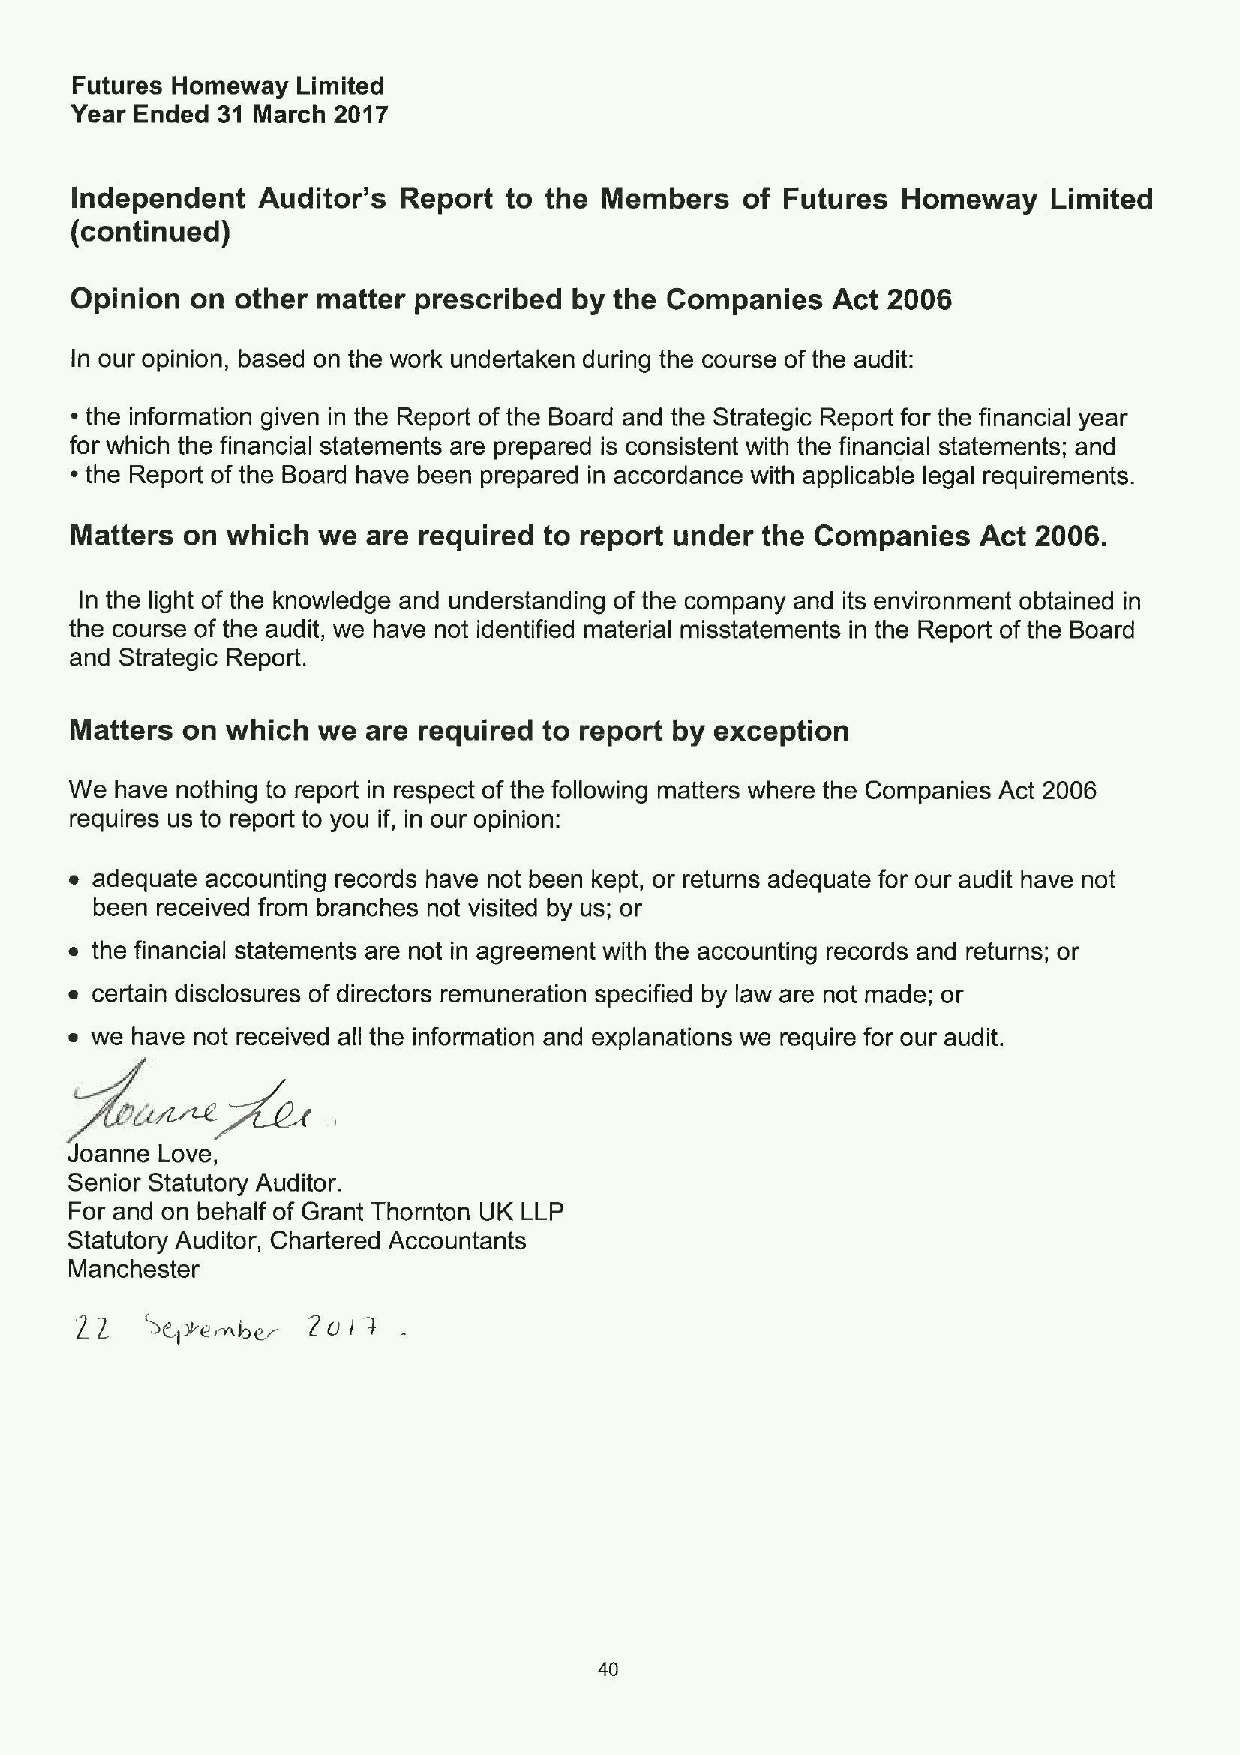
Futures Homeway Limited
 Year Ended 31 March 2017
 independent Auditor's Report to the Members of Futures Homeway   Limited
 (continued)
 Opinion on other matter prescribed by the Companies Act 2006
 In our opinion, based on the work undertaken during the course ofthe audit:
 ~ the information given in the Report of the Board and the Strategic Report for the financial year
 for which the financial statements are prepared is consistent with the financial statements; and
 ~the Report ofthe Board have been prepared in accordance with applicable legal requirements.
 Matters on which we are required to report under the Companies Act 2006.
 In the light of the knowledge and understanding ofthe company and its environment obtained in
 the course of the audit, we have not identified material misstatements in the Report ofthe Board
 and Strategic Report.
 Matters on which we are required to report by exception
 We have nothing to report in respect ofthe following matters where the Companies Act 2006
 requires us to report to you if, in our opinion:
 ~ adequate accounting records have not been kept, or returns adequate for our audit have not
 been received from branches not visited by us; or
 ~ the financial statements are not in agreement with the accounting records and returns; or
 ~ certain disclosures ofdirectors remuneration specified by law are not made; or
 ~ we have not received all the information and explanations we require for our audit.
 gu~~
 Joanne Love,
 Senior Statutory Auditor.
 For and on behalf of Grant Thornton UK LLP
 Statutory Auditor, Chartered Accountants
 Manchester
 ZoIB
 40